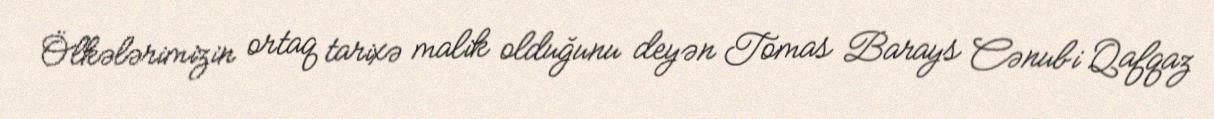
Ölkələrimizin ortaq tarixə malik olduğunu deyən Tomas Barays Cənubi Qafqaz